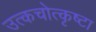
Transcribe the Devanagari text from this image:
उत्कचोत्कृष्टा